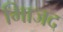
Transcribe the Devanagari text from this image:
मािजद